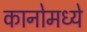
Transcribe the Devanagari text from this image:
कानोमध्ये